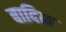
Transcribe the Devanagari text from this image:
बादिन